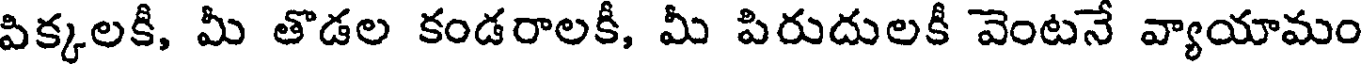
పిక్కలకీ, మీ తొడల కండరాలకీ, మీ పిరుదులకీ వెంటనే వ్యాయామం